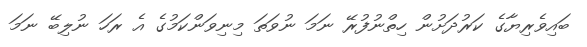
ބައިވެރިޔާގެ ކަރުދަށުން ހިތްނުފުރޭ ނަމަ ނުވަތަ މިނިވަންކަމުގެ އެ ރަހަ ނުލިބޭ ނަމަ